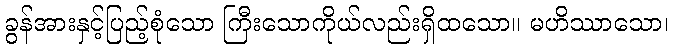
ခွန်အားနှင့်ပြည့်စုံသော ကြီးသောကိုယ်လည်းရှိထသော။ မဟိဿာသော၊